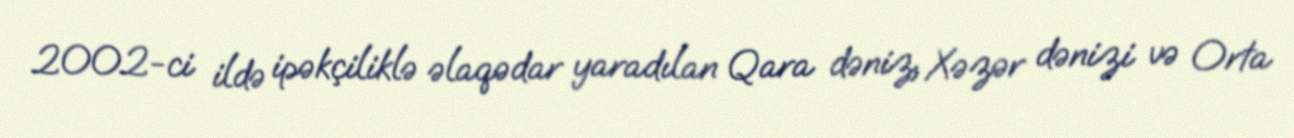
2002-ci ildə ipəkçiliklə əlaqədar yaradılan Qara dəniz, Xəzər dənizi və Orta